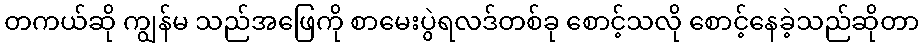
တကယ်ဆို ကျွန်မ သည်အဖြေကို စာမေးပွဲရလဒ်တစ်ခု စောင့်သလို စောင့်နေခဲ့သည်ဆိုတာ